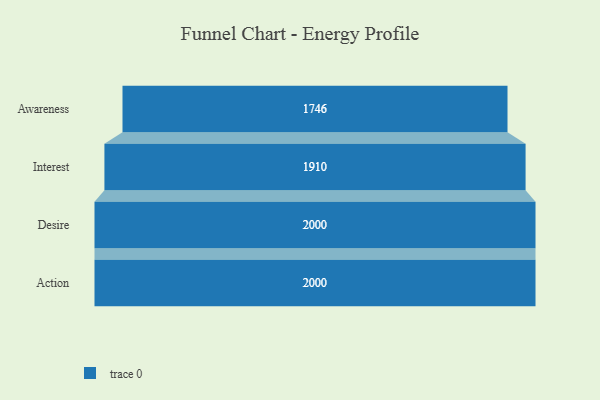
{"axis": {"x": "Stage", "y": "Value"}, "legend": [""], "data": [{"x": "Awareness", "y": 1746.0, "type": ""}, {"x": "Interest", "y": 1910.0, "type": ""}, {"x": "Desire", "y": 2000, "type": ""}, {"x": "Action", "y": 2000, "type": ""}]}